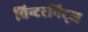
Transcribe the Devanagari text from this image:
विन्टरनिट्ज